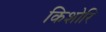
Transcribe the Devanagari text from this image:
किशोरि